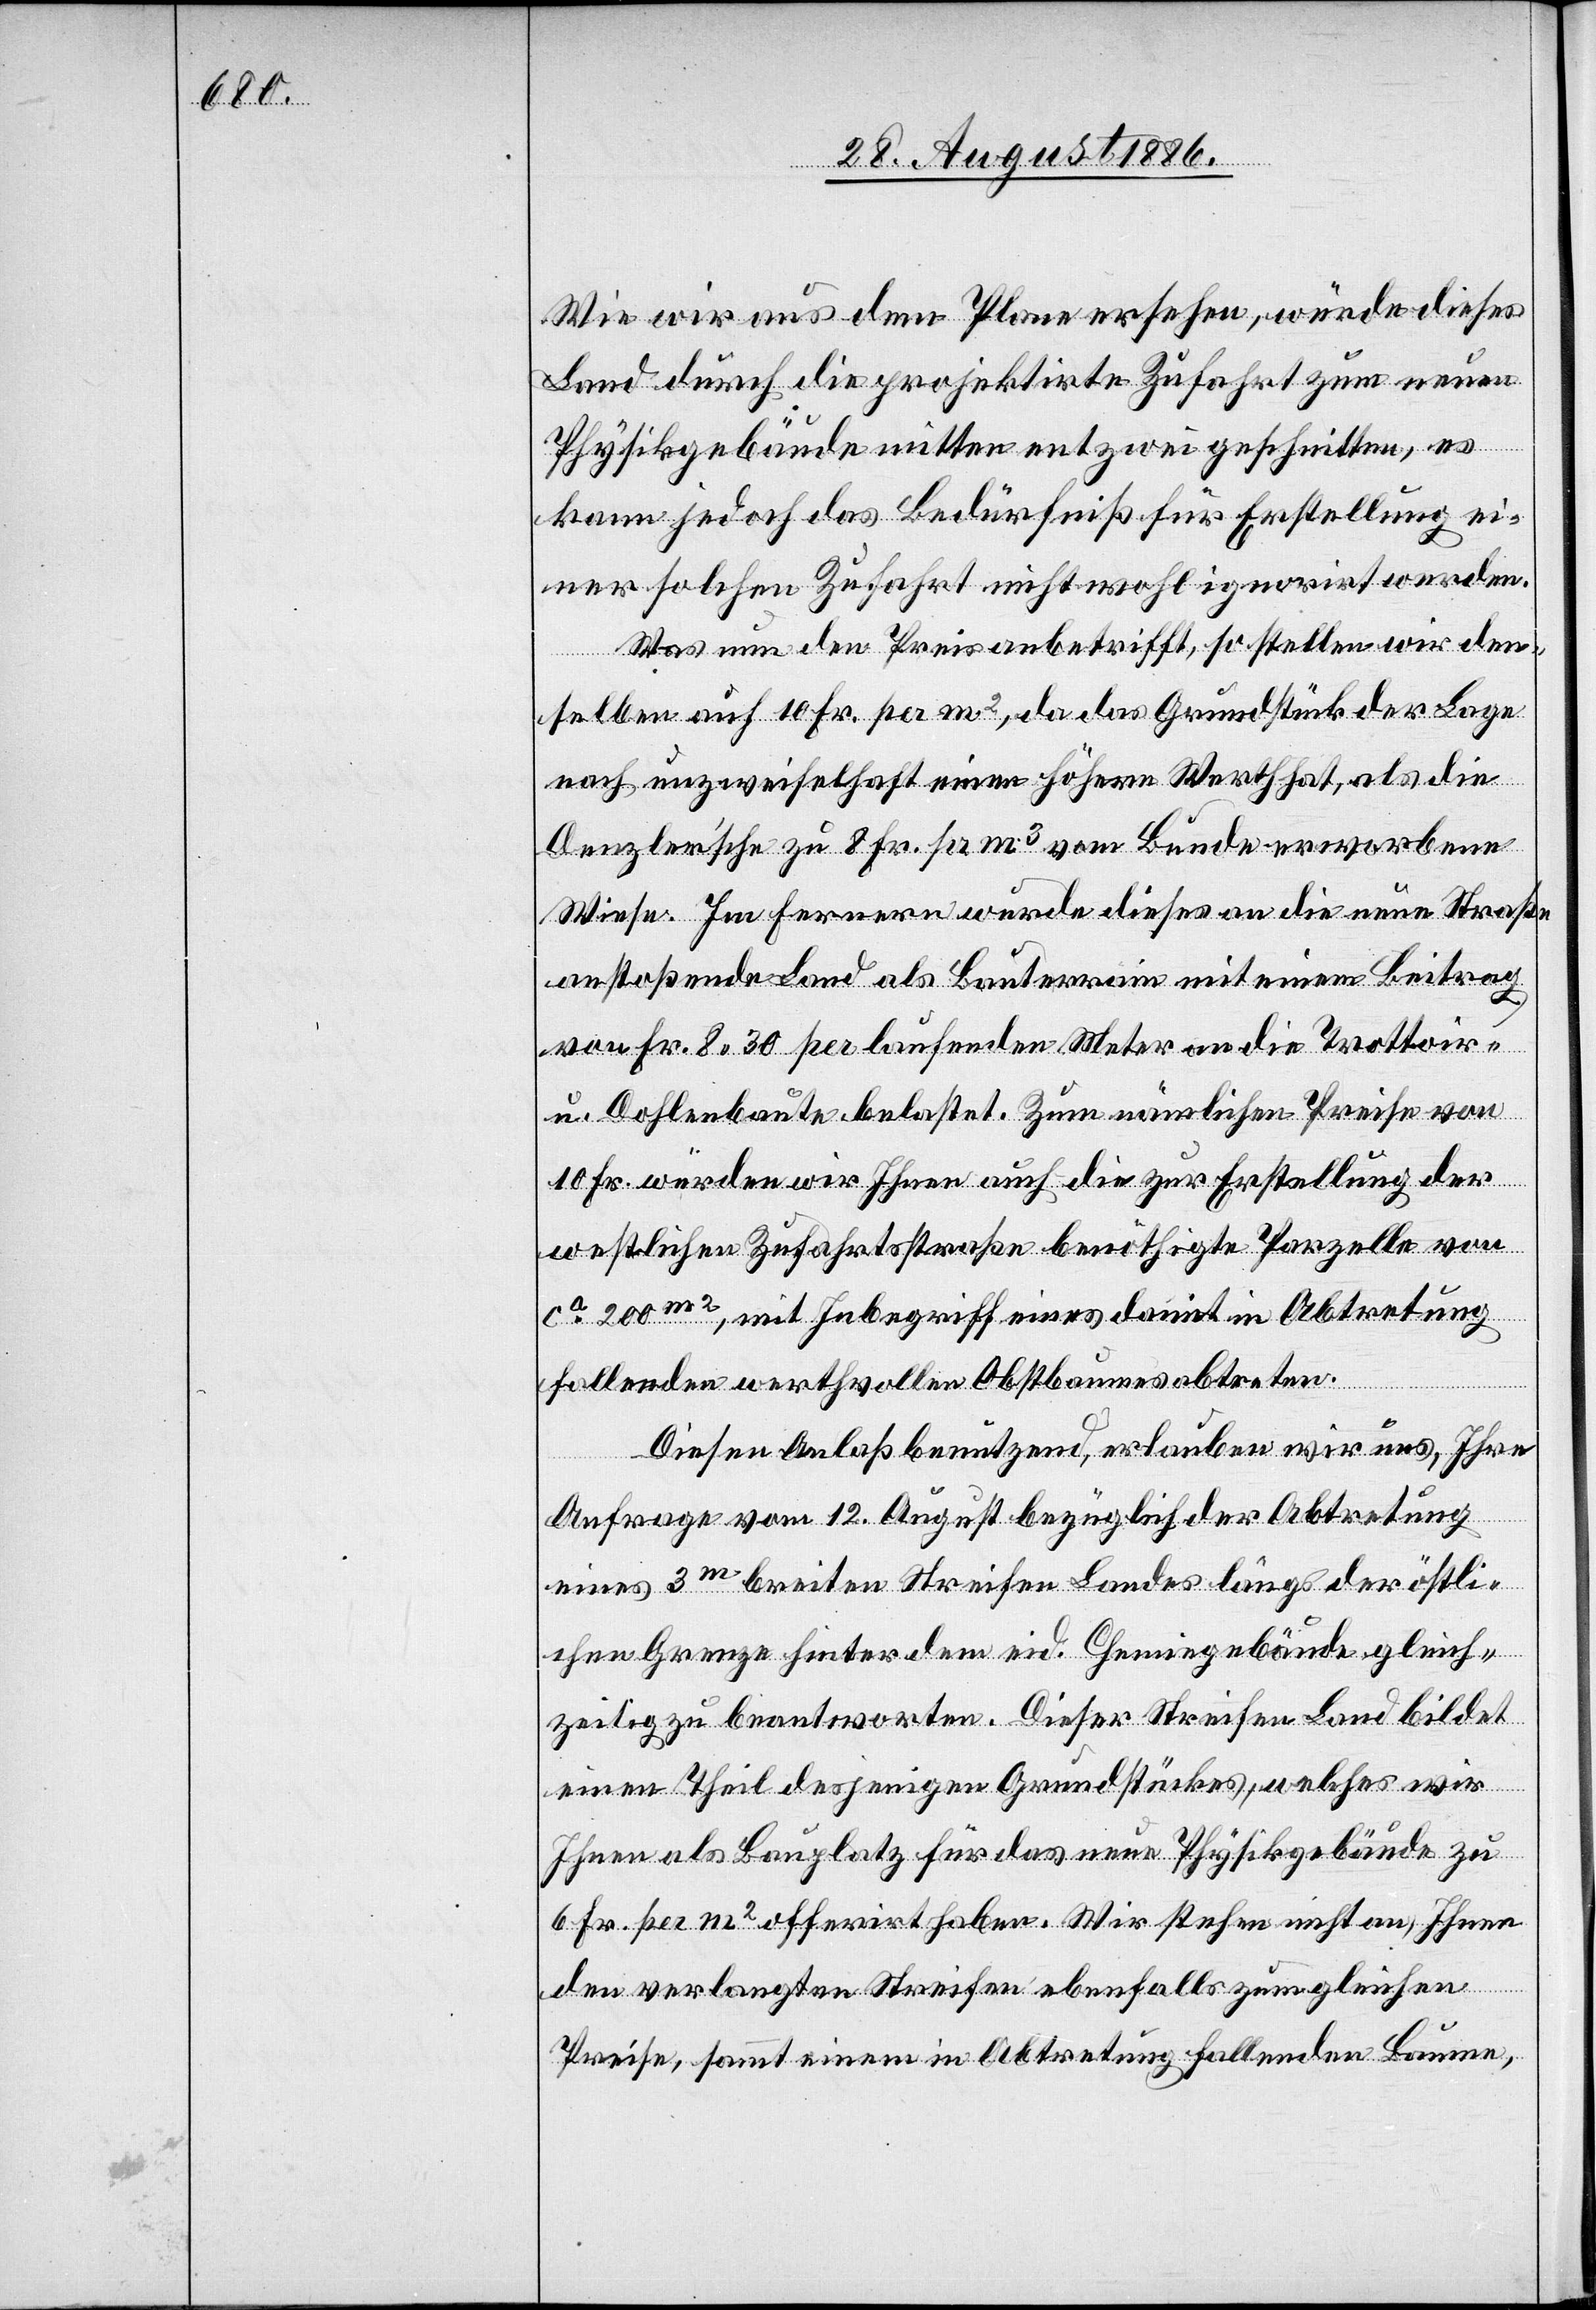
Wie wir aus dem Plane ersehen, würde dieses
Land durch die projektirte Zufahrt zum neuen
Physikgebäude mitten entzwei geschnitten, es
kann jedoch das Bedürfniß für Erstellung ei¬
ner solchen Zufahrt nicht wohl ignorirt werden.
Was nun den Preis anbetrifft, so stellen wir den¬
selben auf 10 Fr. per m2, da das Grundstück der Lage
nach unzweifelhaft einen höhern Werth hat, als die
Denzlerʼsche zu 8 Fr. pr m3 [sic!] vom Bunde erworbene
Wiese. Im Fernern wurde dieses an die neue Straße
anstoßende Land als Bauterrain mit einem Beitrag
von Fr. 8 30 per laufenden Meter an die Trottoir-
u. Dohlenbaute belastet. Zum nämlichen Preise von
10 Fr. würden wir Ihnen auch die zur Erstellung der
westlichen Zufahrtsstraße benöthigte Parzelle von
ca 200m2, mit Inbegriff eines damit in Abtretung
fallenden werthvollen Obstbaumes abtreten.
Diesen Anlaß benutzend, erlauben wir uns, Ihre
Anfrage vom 12. August bezüglich der Abtretung
eines 3m breiten Streifen Landes längs der östli¬
chen Grenze hinter dem eid. Chemiegebäude gleich¬
zeitig zu beantworten. Dieser Streifen Land bildet
einen Theil desjenigen Grundstückes, welches wir
Ihnen als Bauplatz für das neue Physikgebäude zu
6 Fr. per m2 offerirt haben. Wir stehen nicht an, Ihnen
den verlangten Streifen ebenfalls zum gleichen
Preise, sammt einem in Abtretung fallenden Baume,